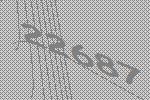
22687